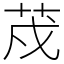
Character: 荗